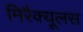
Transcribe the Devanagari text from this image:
मिरैक्यूलस